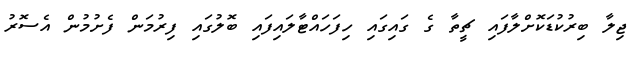
ޖިލާ ބިރުކުޑަކޮށްލާފައި ޗީތާ ގެ ގައިގައި ހިފަހައްޓާލައިފައި ބޮލުގައި ފިރުމަން ފެށުމުން އެސޮރު